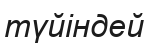
түйіндей